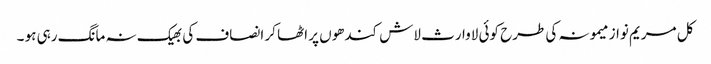
کل مریم نواز میمونہ کی طرح کوئی لاوارث لاش کندھوں پر اٹھا کر انصاف کی بھیک نہ مانگ رہی ہو ۔